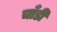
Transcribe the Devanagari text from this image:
चाँडी